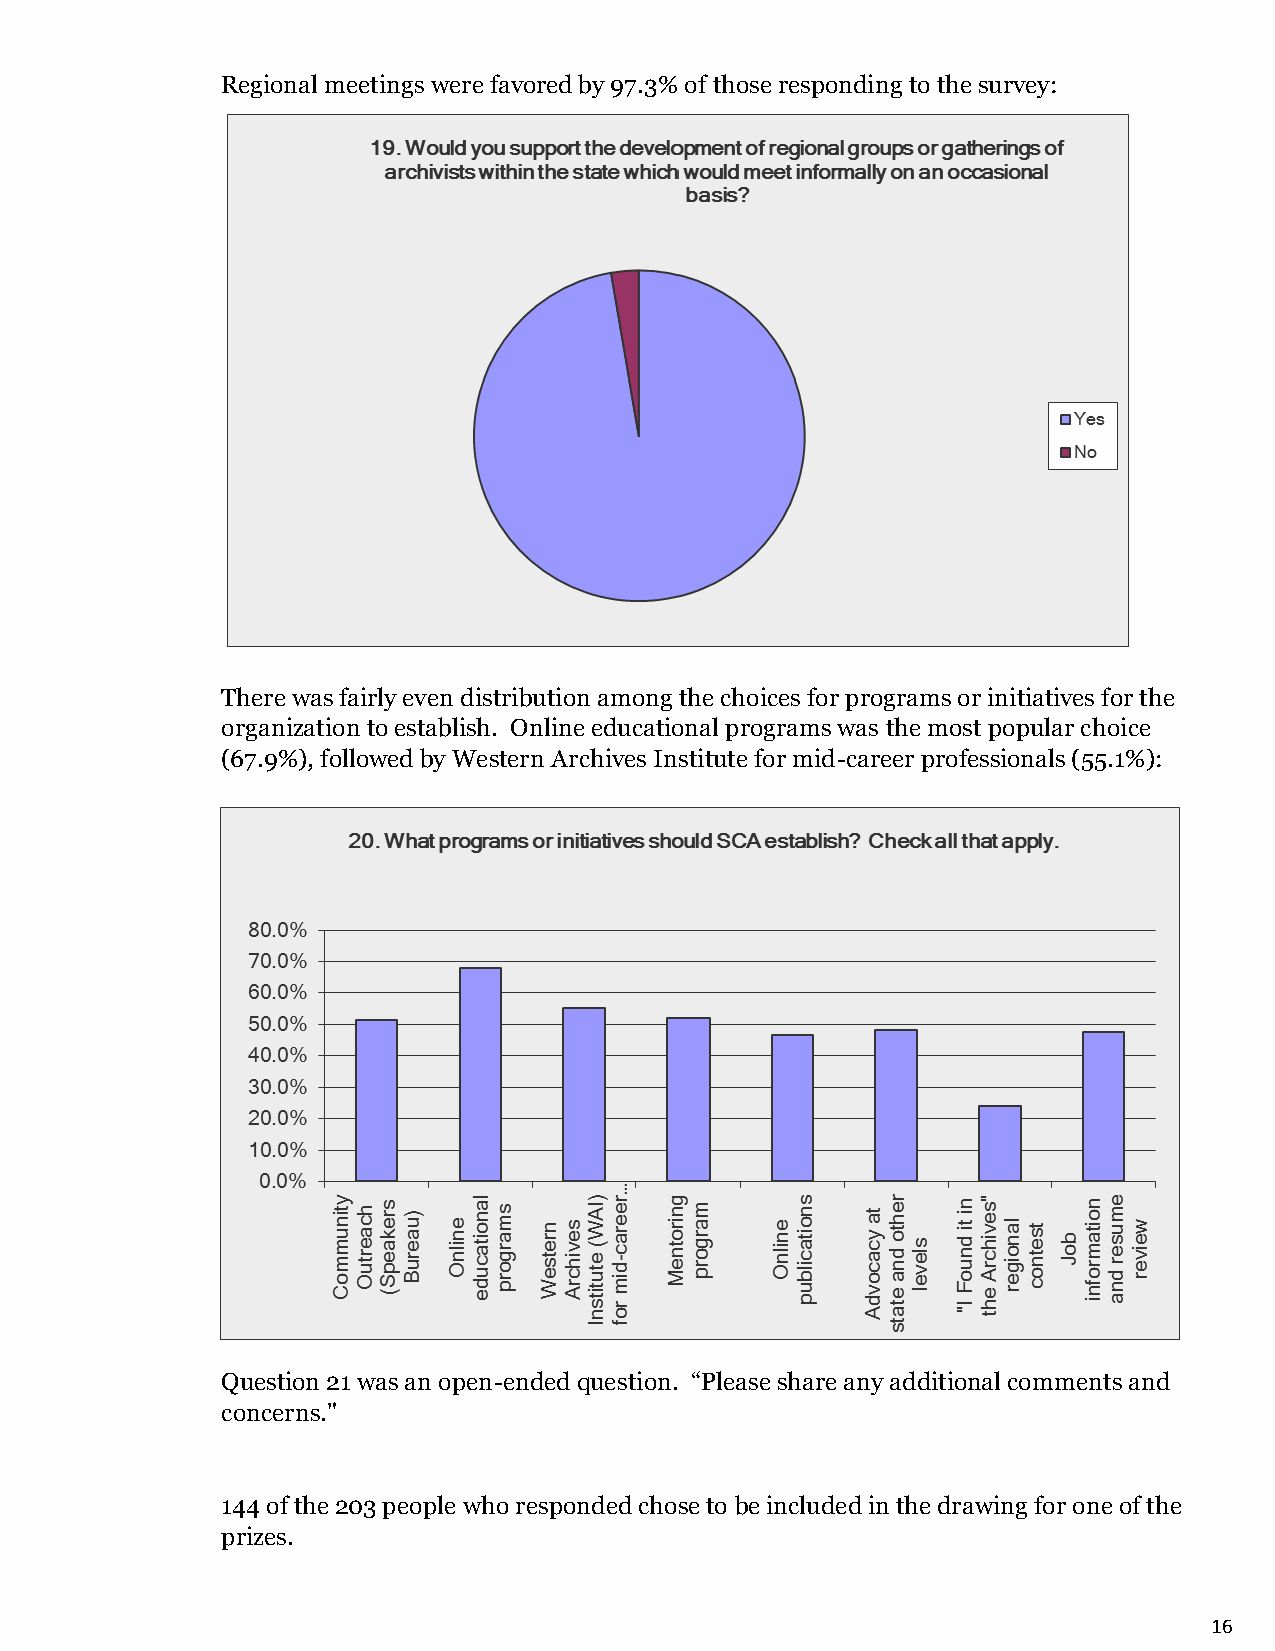
Regional meetings were favored by 97.3% of those responding to the survey:
 There was fairly even distribution among the choices for programs or initiatives for the
 organization to establish. Online educational programs was the most popular choice
 (67.9%), followed by Western Archives Institute for mid-career professionals (55.1%):
 Question 21 was an open-ended question. “Please share any additional comments and
 concerns."
 144 of the 203 people who responded chose to be included in the drawing for one of the
 prizes.
 16